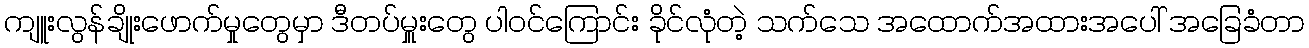
ကျူးလွန်ချိုးဖောက်မှုတွေမှာ ဒီတပ်မှူးတွေ ပါဝင်ကြောင်း ခိုင်လုံတဲ့ သက်သေ အထောက်အထားအပေါ် အခြေခံတာ